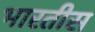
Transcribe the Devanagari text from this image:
भारतीस